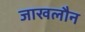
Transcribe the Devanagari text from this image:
जाखलौन